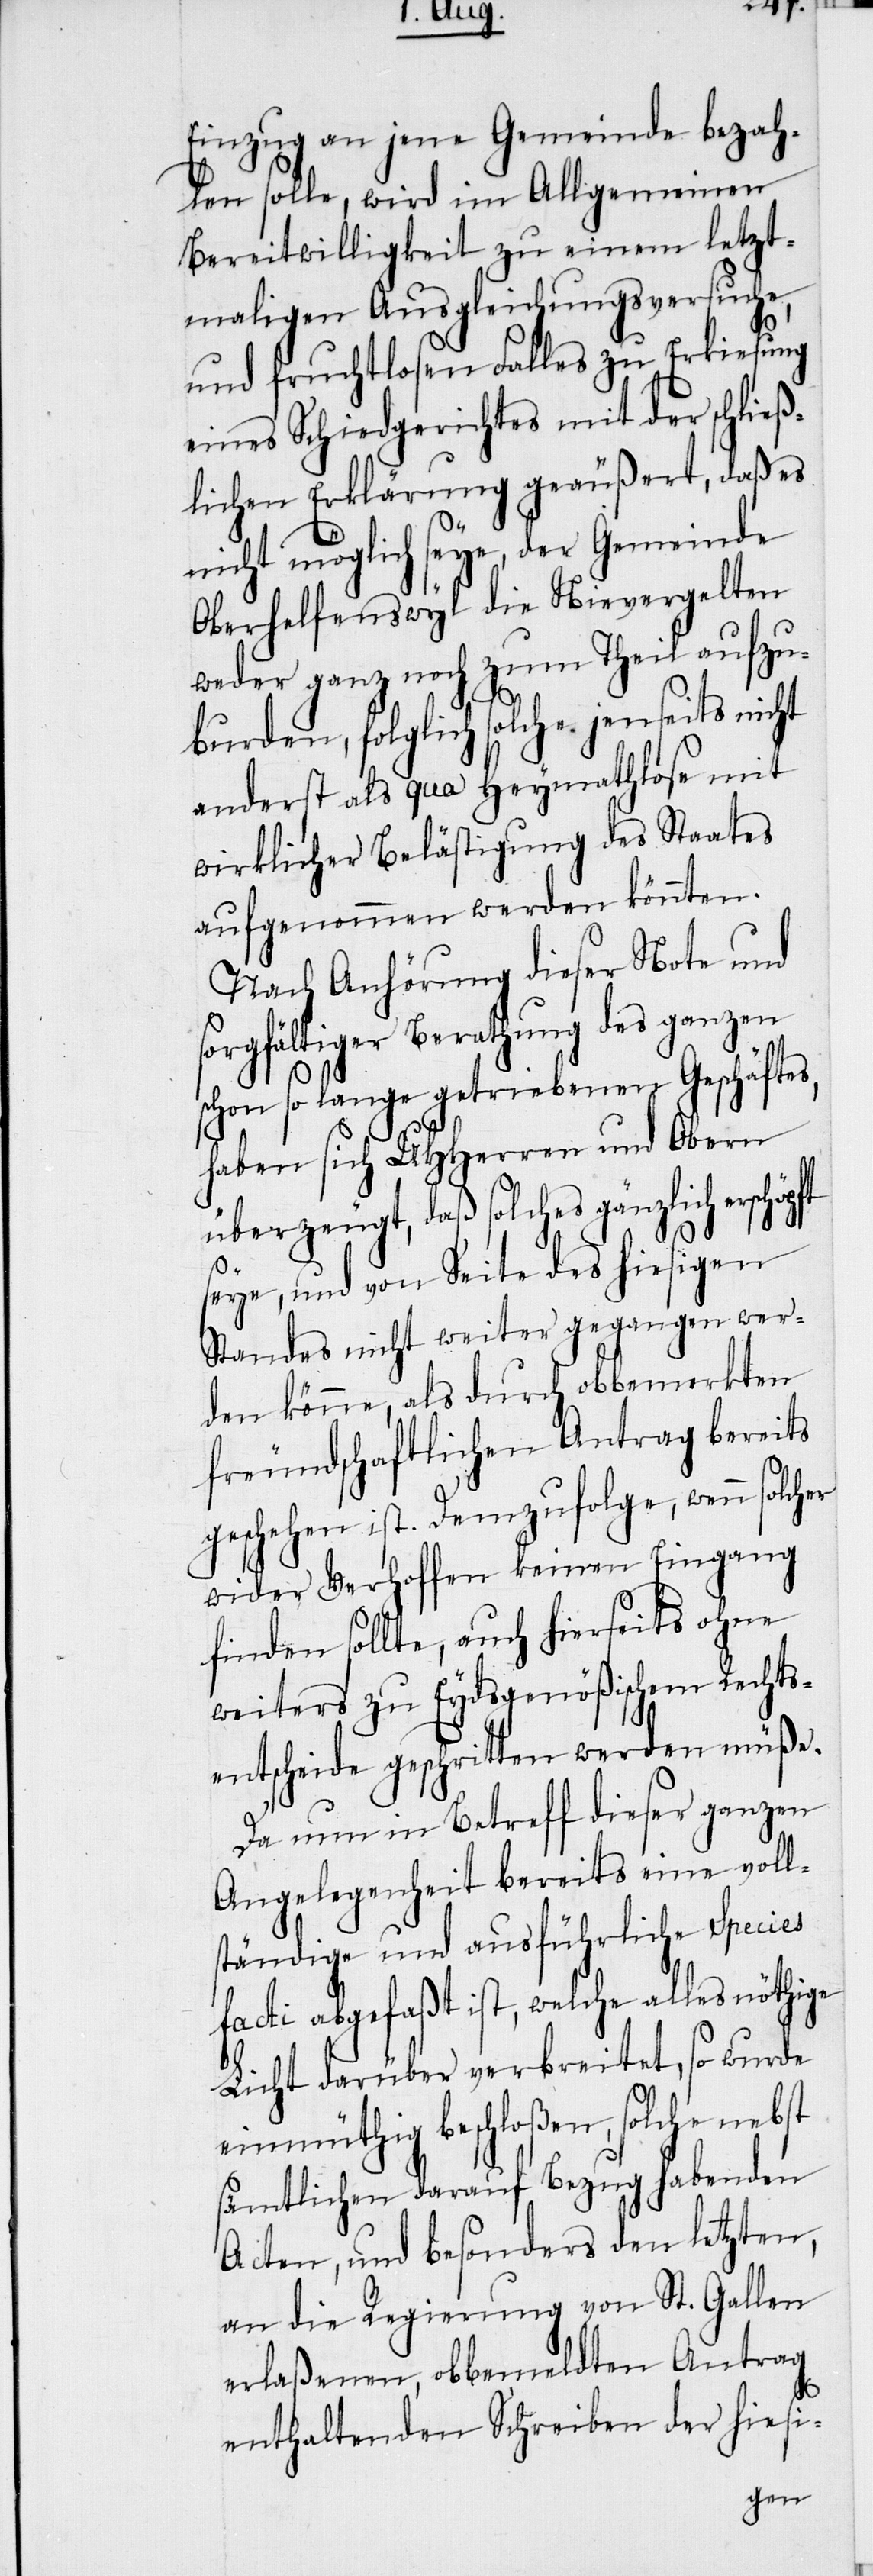
Einzug an jene Gemeinde bezah¬
len solle, wird im Allgemeinen
Bereitwilligkeit zu einem letzt¬
maligen Ausgleichungsversuche,
und fruchtlosen Falles zu Erkiesung
eines Schiedgerichtes mit der schließ¬
lichen Erklärung geäußert, daß es
nicht möglich seye, der Gemeinde
Oberhelfenswyl die Nievergelten
weder ganz noch zum Theil aufzu¬
burden, folglich solche jenseits nicht
anderst als qua Heymathlose mit
wirklicher Belästigung des Staates
aufgenommen werden könnten.
Nach Anhörung dieser Note und
sorgfältiger Berathung des ganzen
schon so lange getriebenen Geschäftes,
haben sich UHHerren und Obern
überzeugt, daß solches gänzlich
seye, und von Seite des hiesigen
Standes nicht weiter gegangen wer¬
den könne, als durch obbemerkten
freundschaftlichen Antrag bereits
geschehen ist. Demzufolge, wenn solch¬
wider Verhoffen keinen Eingang
finden sollte, auch hierseits ohne
weiters zu Eydsgenößischem Rechts¬
entscheide geschritten werden müße.
Da nun in Betreff dieser ganzen
Angelegenheit bereits eine voll¬
ständige und ausführliche Species
facti abgefaßt ist, welche alles nöthige
Licht darüber verbreitet, so wurde
einmüthig beschloßen, solche nebst
sämtlichen darauf Bezug habenden
Acten, und besonders den letzten,
an die Regierung von St. Gallen
erlaßenen, obbemeldten Antrag
enthaltenden Schreiben der hiesi-
er